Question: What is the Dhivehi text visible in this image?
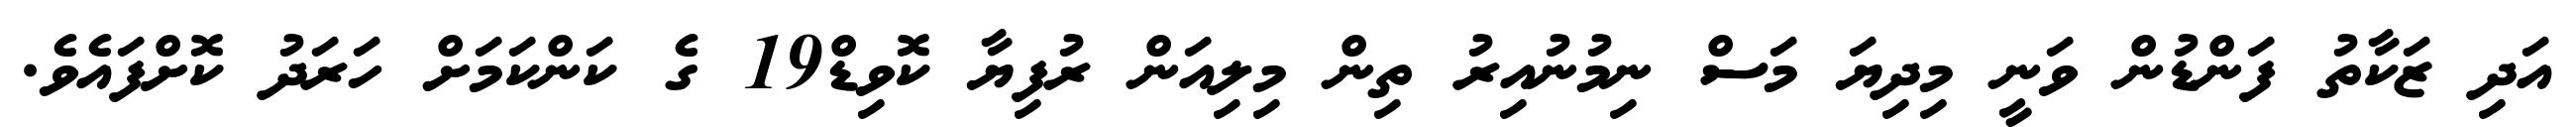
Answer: އަދި ޒަކާތު ފަންޑުން ވަނީ މިދިޔަ މަސް ނިމުނުއިރު ތިން މިލިއަން ރުފިޔާ ކޮވިޑް19 ގެ ކަންކަމަށް ހަރަދު ކޮށްފައެވެ.